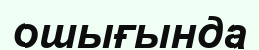
ошығында